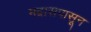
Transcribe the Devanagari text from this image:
मद्रासपासून